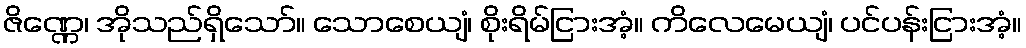
ဇိဏ္ဏေ၊ အိုသည်ရှိသော်။ သောစေယျံ၊ စိုးရိမ်ငြားအံ့။ ကိလေမေယျံ၊ ပင်ပန်းငြားအံ့။